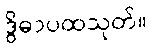
ဒွိဓာပထသုတ်။